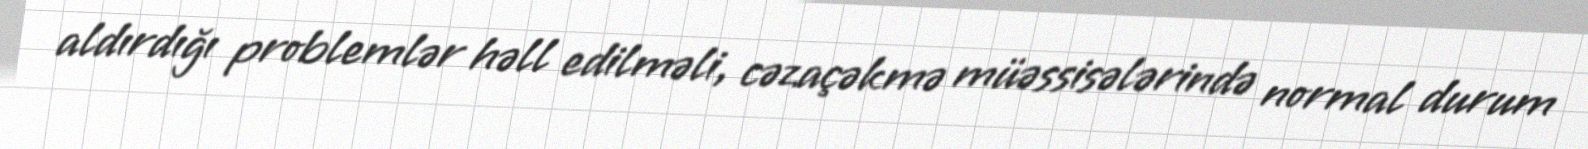
aldırdığı problemlər həll edilməli, cəzaçəkmə müəssisələrində normal durum